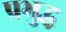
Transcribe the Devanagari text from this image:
प्रभुद्ध